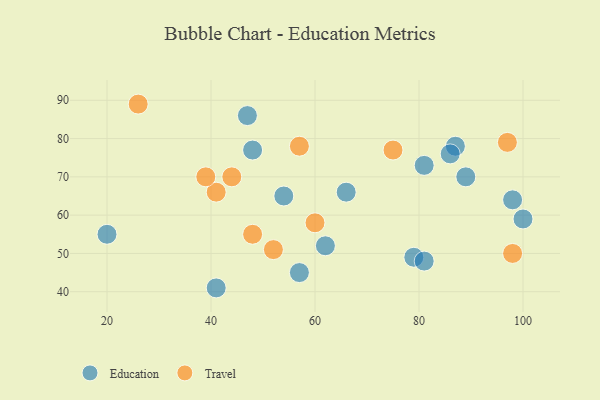
{"axis": {"x": "GDP", "y": "Life Expectancy"}, "legend": ["Education", "Travel"], "data": [{"x": "100", "y": 59, "type": "Education"}, {"x": "41", "y": 41, "type": "Education"}, {"x": "66", "y": 66, "type": "Education"}, {"x": "81", "y": 73, "type": "Education"}, {"x": "87", "y": 78, "type": "Education"}, {"x": "89", "y": 70, "type": "Education"}, {"x": "57", "y": 45, "type": "Education"}, {"x": "54", "y": 65, "type": "Education"}, {"x": "62", "y": 52, "type": "Education"}, {"x": "20", "y": 55, "type": "Education"}, {"x": "48", "y": 77, "type": "Education"}, {"x": "86", "y": 76, "type": "Education"}, {"x": "79", "y": 49, "type": "Education"}, {"x": "98", "y": 64, "type": "Education"}, {"x": "81", "y": 48, "type": "Education"}, {"x": "47", "y": 86, "type": "Education"}, {"x": "41", "y": 66, "type": "Travel"}, {"x": "39", "y": 70, "type": "Travel"}, {"x": "97", "y": 79, "type": "Travel"}, {"x": "57", "y": 78, "type": "Travel"}, {"x": "26", "y": 89, "type": "Travel"}, {"x": "44", "y": 70, "type": "Travel"}, {"x": "75", "y": 77, "type": "Travel"}, {"x": "98", "y": 50, "type": "Travel"}, {"x": "48", "y": 55, "type": "Travel"}, {"x": "60", "y": 58, "type": "Travel"}, {"x": "52", "y": 51, "type": "Travel"}]}